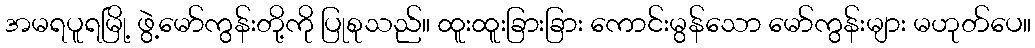
အမရပူရမြို့ ဖွဲ့မော်ကွန်းတို့ကို ပြုစုသည်။ ထူးထူးခြားခြား ကောင်းမွန်သော မော်ကွန်းများ မဟုတ်ပေ။